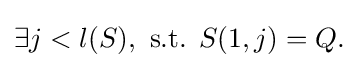
\exists j<{l(S),{\text{ s.t. }}S(1,j)=Q.}